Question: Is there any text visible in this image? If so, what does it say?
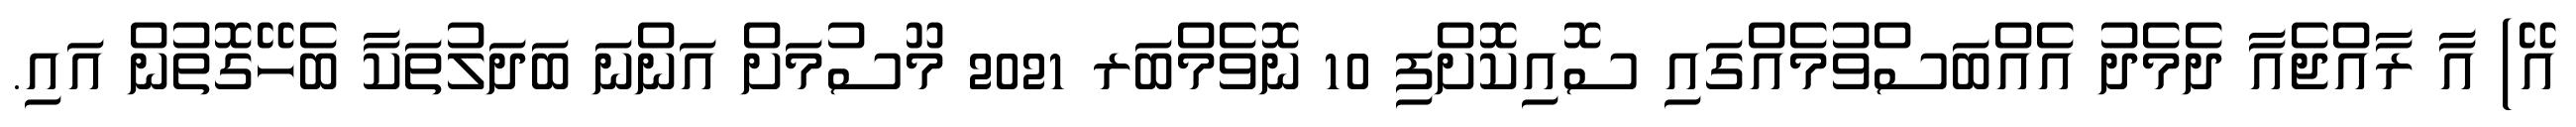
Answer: އޭ) އާ ރާއްޖެއާ ދެމެދު އެއްބަސްވުމެއްގައި ސޮއިކޮށްފި 10 ނޮވެމްބަރ 2021 މޫސުމަށް އަންނަ ބަދަލުތަކާ ބެހޭގޮތުން އައި.